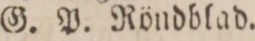
G. P. Röndblad.